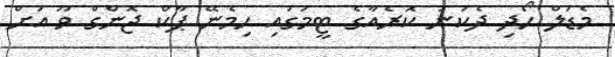
މެޑަލް ހޯދި ދެކުނު ކޮރެއާގެ ޓީމުގައި ހިމެނޭ ޕާކް ޖޮންގް ވޫ އަށް